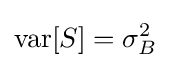
\operatorname {var} [S]=\sigma _{B}^{2}